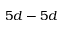
5 d - 5 d